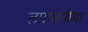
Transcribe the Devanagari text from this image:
लपाछपीचा